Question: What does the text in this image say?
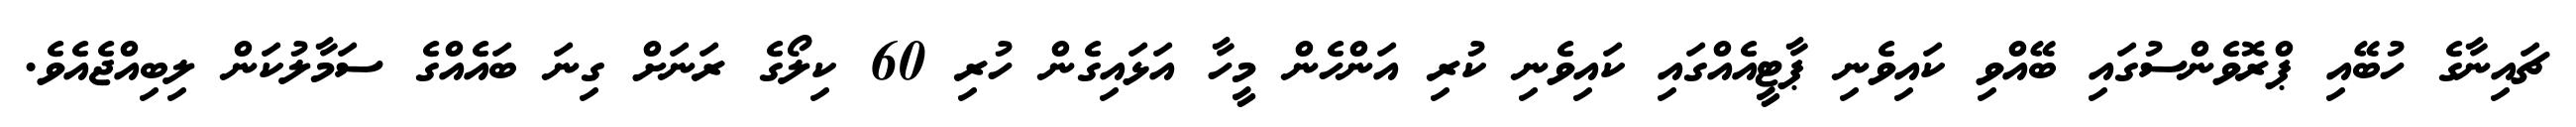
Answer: ޗައިނާގެ ހުބޭއި ޕްރޮވެންސުގައި ބޭއްވި ކައިވެނި ޕާޓީއެއްގައި ކައިވެނި ކުރި އަންހެން މީހާ އަޅައިގެން ހުރި 60 ކިލޯގެ ރަނަށް ގިނަ ބައެއްގެ ސަމާލުކަން ލިބިއްޖެއެވެ.